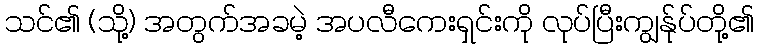
သင်၏ (သို့) အတွက်အခမဲ့ အပလီကေးရှင်းကို လုပ်ပြီးကျွန်ုပ်တို့၏